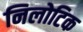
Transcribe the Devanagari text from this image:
निलोटिक